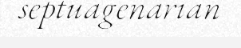
septuagenarian